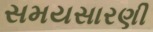
સમયસારણી